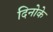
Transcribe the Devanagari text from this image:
दिनोके